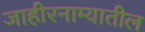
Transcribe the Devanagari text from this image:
जाहीरनाम्यातील